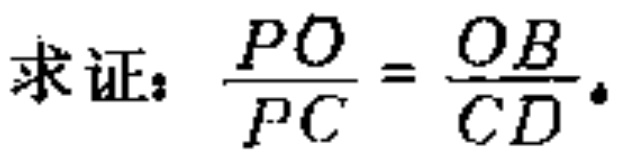
求证：\(\frac{PO}{PC}=\frac{OB}{CD}\)